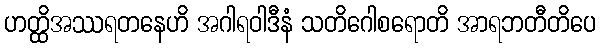
ဟတ္ထိအဿရတနေဟိ အဂါရဝါဒီနံ သတိဂေါစရောတိ အာရဘတီတိပေ